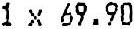
1 X 69.90